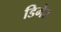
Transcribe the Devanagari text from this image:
डिमेर